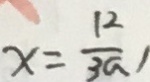
x = \frac { 1 2 } { 3 a } 1